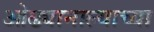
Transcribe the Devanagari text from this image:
ओढ्यानाल्याच्या